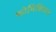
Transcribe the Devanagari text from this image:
फोनिशियन